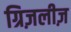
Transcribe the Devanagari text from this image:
ग्रिज़लीज़